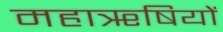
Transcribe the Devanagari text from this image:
महाॠषियों